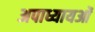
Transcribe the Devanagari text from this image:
अपाध्यायओं